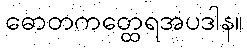
ဓောတကတ္ထေရအပဒါန။